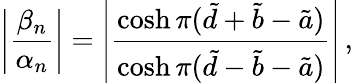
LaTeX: \left|\frac{\beta_{n}}{\alpha_{n}}\right|=\left|\frac{\cosh\pi(\tilde{d}+\tilde{b}-\tilde{a})}{\cosh\pi(\tilde{d}-\tilde{b}-\tilde{a})}\right|\, ,